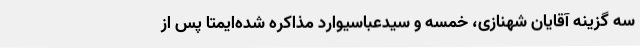
سه گزینه آقایان شهنازی، خمسه و سیدعباسیوارد مذاکره شده‌ایمتا پس از